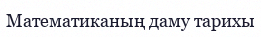
Математиканың даму тарихы